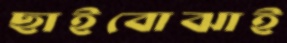
ছাইবোঝাই